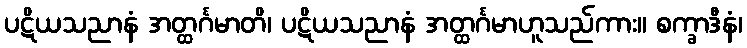
ပဋိယသညာနံ အတ္ထင်္ဂမာတိ၊ ပဋိယသညာနံ အတ္ထင်္ဂမာဟူသည်ကား။ စက္ခာဒီနံ၊